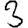
Digit: 3